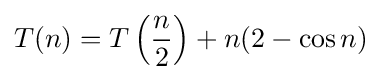
T(n)=T\left({\frac {n}{2}}\right)+n(2-\cos n)